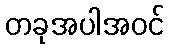
တခုအပါအဝင်